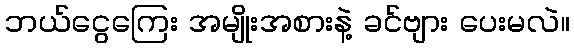
ဘယ်ငွေကြေး အမျိုးအစားနဲ့ ခင်ဗျား ပေးမလဲ။